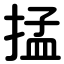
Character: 掹